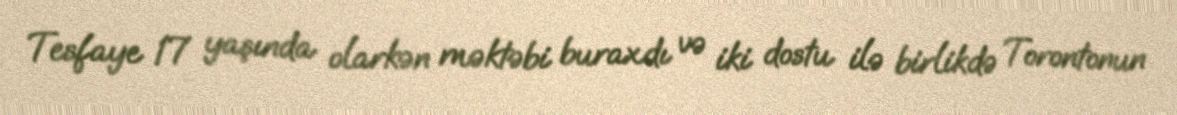
Tesfaye 17 yaşında olarkən məktəbi buraxdı və iki dostu ilə birlikdə Torontonun